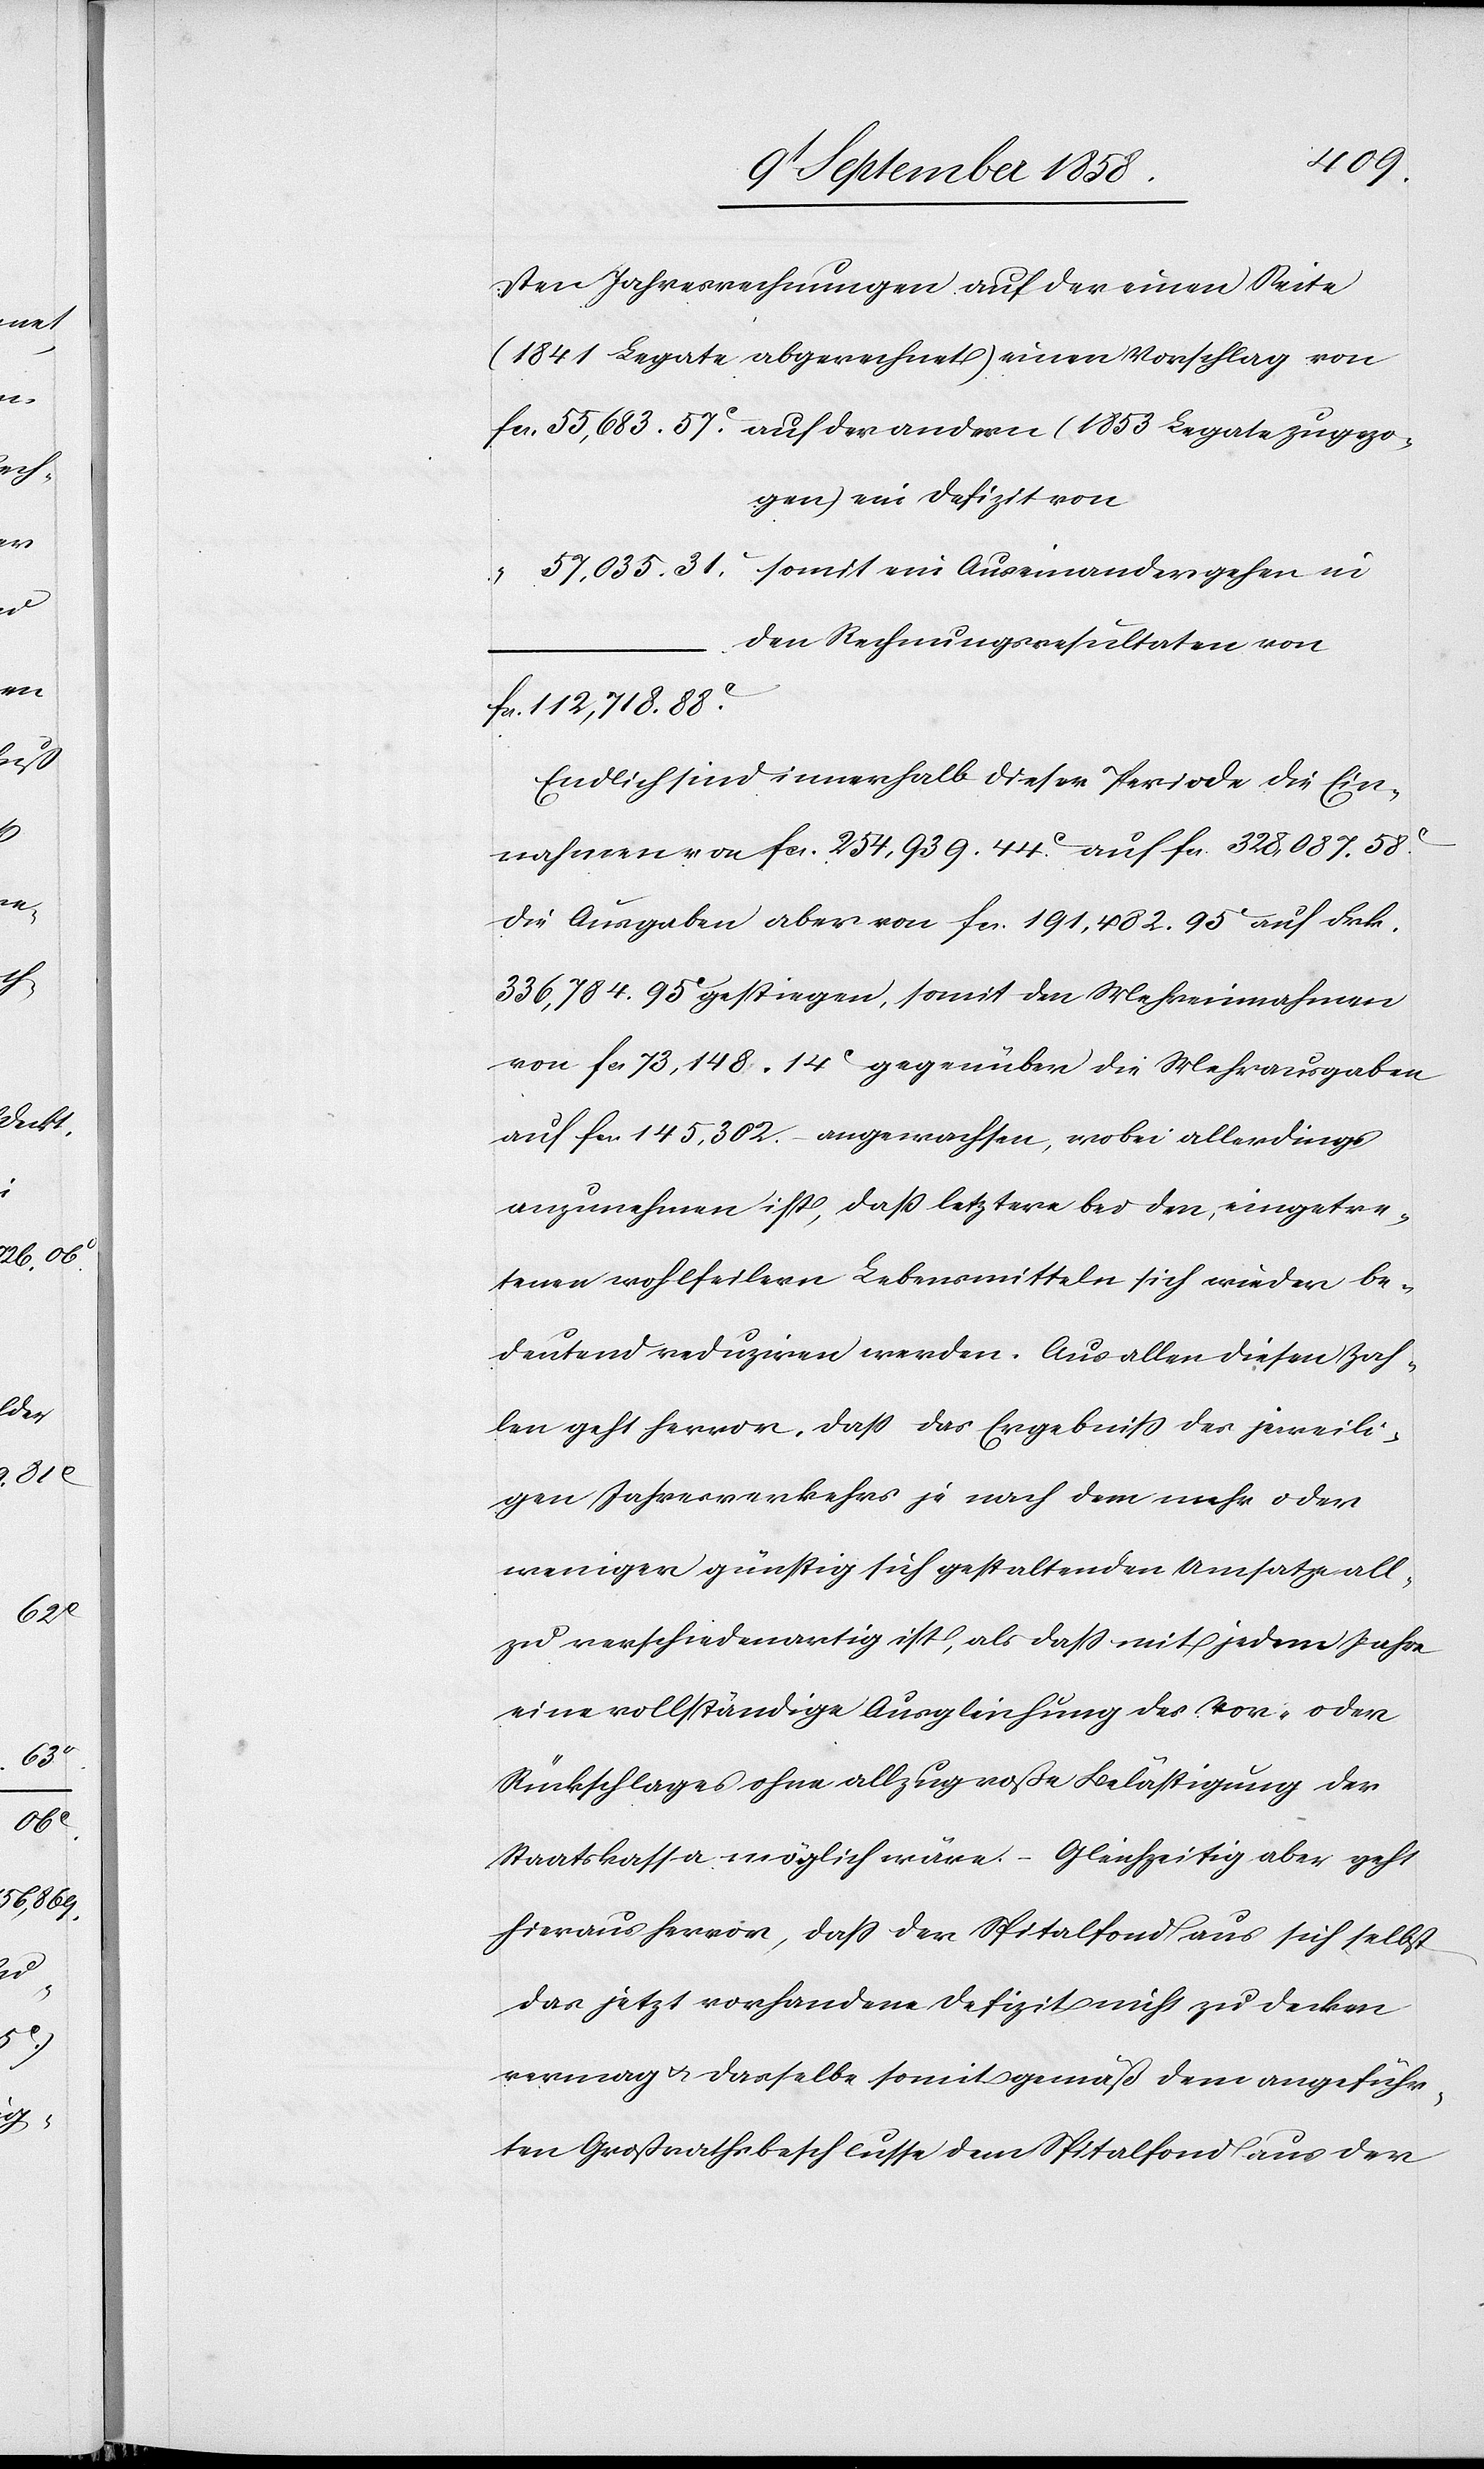
zugezo¬
sten Jahresrechnungen auf der einen Seite
(1841 Legate abgerechnet) einen Vorschlag von
gen) ein Defizit von
“
den Rechnungsresultaten von
fcs. 112,718. 88c.
Endlich sind innerhalb dieser Periode die Ein¬
nahmen von fcs. 254,939. 44c. auf fcs. 328,087. 58c.
die Ausgaben aber von fcs. 191,482. 95c auf Frk.
336,784. 95c gestiegen, somit den Mehreinnahmen
von fcs. 73,148. 14c gegenüber die Mehrausgaben
auf fcs. 145,302.– angewachsen, wobei allerdings
anzunehmen ist, daß letztere bei den eingetre¬
tenen wohlfeilern Lebensmitteln sich wieder be¬
deutend reduziren werden. Aus allen diesen Zah¬
len geht hervor, daß das Ergebniß des jeweili¬
gen Jahresverkehrs je nach dem mehr oder
weniger günstig sich gestaltenden Umsatze all¬
zu verschiedenartig ist, als dass mit jedem Jahre
eine vollständige Ausgleichung des Vor- oder
Rückschlages ohne allzugroße Belästigung der
Staatskassa möglich wäre. – Gleichzeitig aber geht
hieraus hervor, dass der Spitalfond aus sich selbst
das jetzt vorhandene Defizit nicht zu decken
vermag & dasselbe somit gemäß dem angeführ¬
ten Großrathsbeschlusse dem Spitalfond aus der